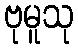
ဗုမူသု